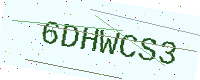
Text: 6DHWCS3